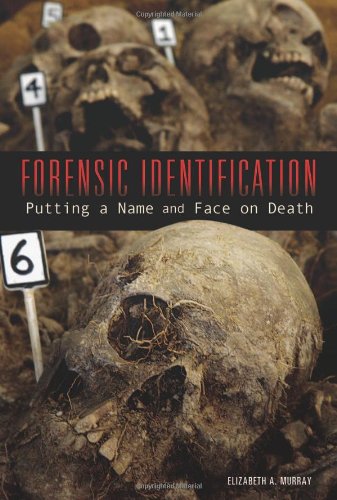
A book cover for Forensic Identification: Putting a Name and Face on Death (Exceptional Science Titles for Upper Grades); elizabeth A. Murray; Teen & Young Adult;